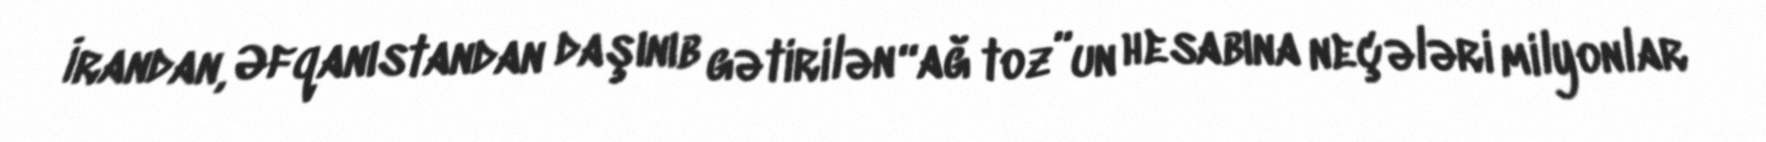
İrandan, Əfqanıstandan daşınıb gətirilən “ağ toz”un hesabına neçələri milyonlar